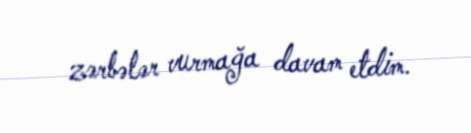
zərbələr vurmağa davam etdim.